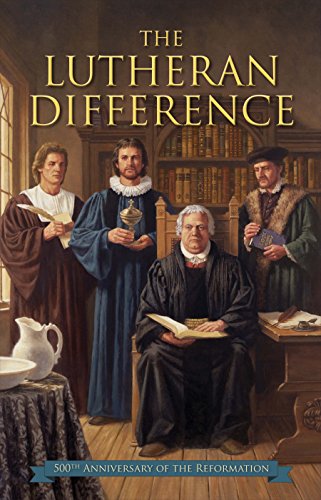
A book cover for The Lutheran Difference: Reformation Anniversary Edition; Robert C. Baker; Christian Books & Bibles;